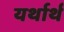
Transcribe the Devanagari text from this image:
यर्थार्थ